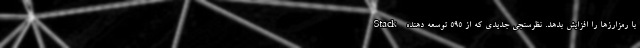
با رمزارزها را افزایش بدهد. نظرسنجی جدیدی که از 595 توسعه دهنده Stack